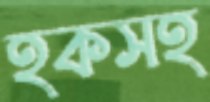
হকসহ